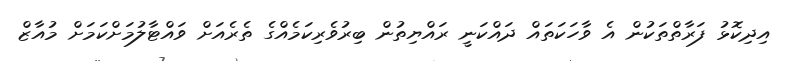
އިދިކޮޅު ފަރާތްތަކުން އެ ވާހަކަތައް ދައްކަނީ ރައްޔިތުން ބިރުވެރިކަމެއްގެ ތެރެއަށް ވައްޓާލުމަށްކަމަށް މުއާޒް